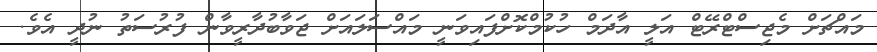
މައްޗަށް މެޖިސްޓްރޭޓް އަލީ އާދަމް ހުކުމްކޮށްފައިވަނީ މައްސަލައަށް ޖަވާބުދާރީވާން ފުރުސަތު ނުދީ އެވެ.